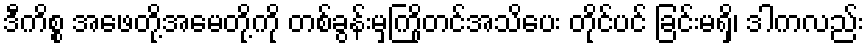
ဒီကိစ္စ အဖေတို့အမေတို့ကို တစ်ခွန်းမှကြိုတင်အသိပေး တိုင်ပင် ခြင်းမရှိ၊ ဒါကလည်း